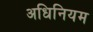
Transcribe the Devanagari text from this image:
अधिनियम